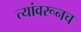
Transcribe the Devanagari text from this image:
त्यांवरूनच